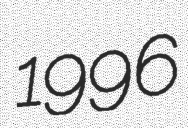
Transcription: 1996